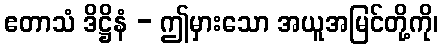
ဧတာသံ ဒိဋ္ဌိနံ - ဤမှားသော အယူအမြင်တို့ကို၊